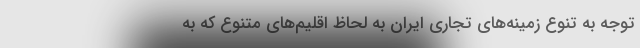
توجه به تنوع زمینه‌های تجاری ایران به لحاظ اقلیم‌های متنوع که به